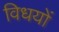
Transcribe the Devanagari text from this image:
विधयों